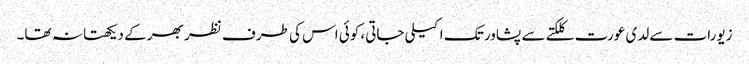
زیورات سے لدی عورت کلکتے سے پشاور تک اکیلی جاتی، کوئی اس کی طرف نظر بھر کے دیکھتا نہ تھا۔